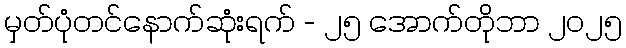
မှတ်ပုံတင်နောက်ဆုံးရက် - ၂၅ အောက်တိုဘာ ၂၀၂၅